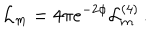
\mathcal { L } _ { m } = 4 \pi e ^ { - 2 \phi } \mathcal { L } _ { m } ^ { ( 4 ) } \, .